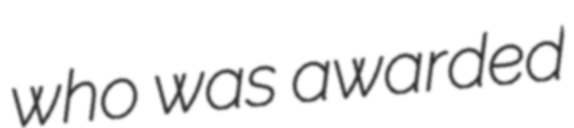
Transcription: who was awarded